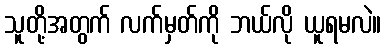
သူတို့အတွက် လက်မှတ်ကို ဘယ်လို ယူရမလဲ။